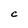
Character: C